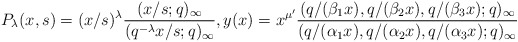
\begin{align*}& P_{\lambda}(x, s) = (x/s)^{\lambda} \frac{(x/s;q)_{\infty}}{(q^{-\lambda} x/s ;q)_{\infty}}, y(x)=x^{\mu '} \frac{(q/(\beta_1 x), q/(\beta_2 x), q/(\beta_3 x) ;q)_{\infty}}{(q/(\alpha_1 x), q/(\alpha_2 x), q/(\alpha_3 x) ;q)_{\infty}}\end{align*}